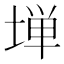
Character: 𫮃